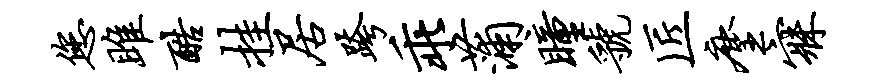
您雎酷挂居跨乖蒲瞳虢匠麈寐